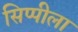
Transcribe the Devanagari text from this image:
सिप्पीला